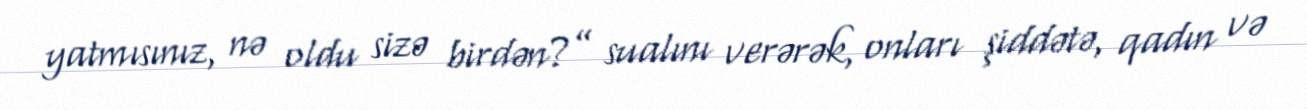
yatmısınız, nə oldu sizə birdən?” sualını verərək, onları şiddətə, qadın və